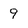
Character: 9